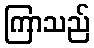
ကြာသည်